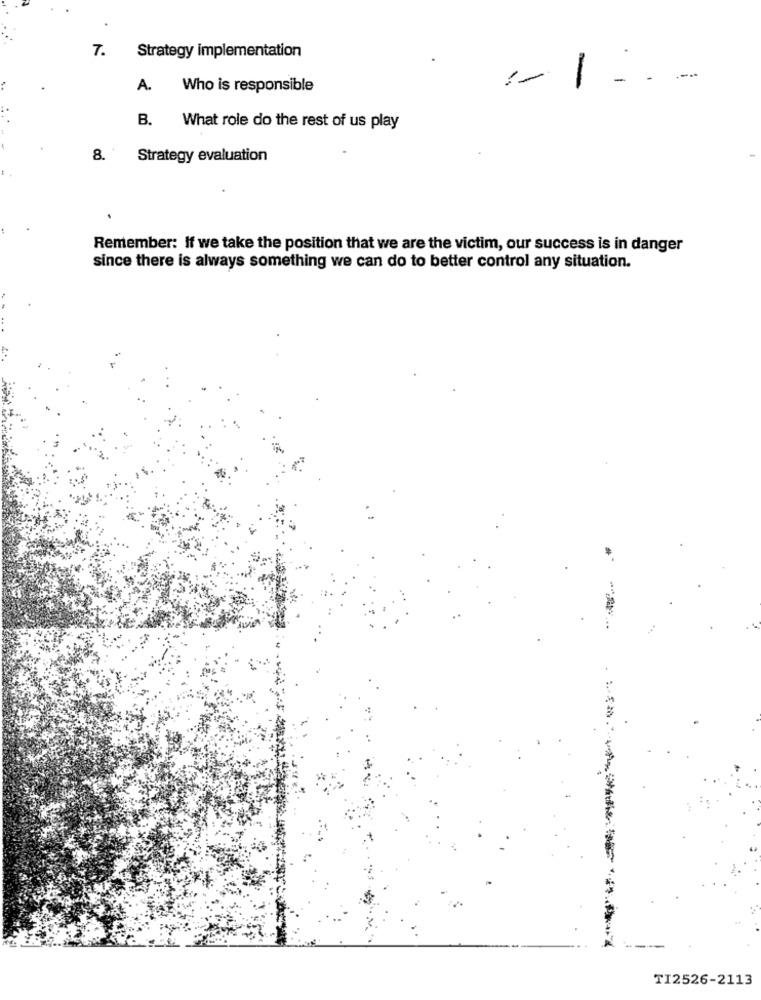
7.
Strategy implementation
1
A.
Who is responsible
B.
What role do the rest of us play
8.
Strategy evaluation
Remember: If we take the position that we are the victim, our success is in danger
since there is always something we can do to better control any situation.
TI2526-2113